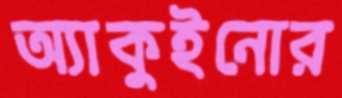
অ্যাকুইনোর